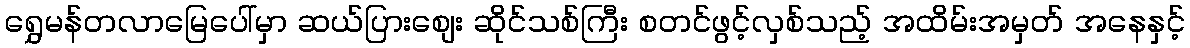
ရွှေမန်တလာမြေပေါ်မှာ ဆယ်ပြားစျေး ဆိုင်သစ်ကြီး စတင်ဖွင့်လှစ်သည့် အထိမ်းအမှတ် အနေနှင့်